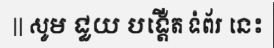
|| សូម ជួយ បង្តើត ទំព័រ នេះ